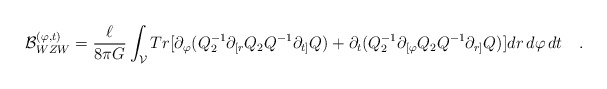
\begin{align*} {\cal B}^{(\varphi,t)}_{WZW} = \frac {\ell} {8 \pi G} \int_{\cal V} Tr [ \partial_\varphi (Q_2^{-1} \partial_{[r} Q_2 Q^{-1} \partial_{t]} Q) + \partial_t (Q_2^{-1} \partial_{[\varphi} Q_2 Q^{-1} \partial_{r]} Q)] dr\, d\varphi\, dt \quad .\end{align*}